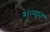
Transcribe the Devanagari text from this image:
शुल्चन